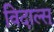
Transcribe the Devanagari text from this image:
विदाल्स्